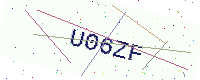
Text: U06ZF